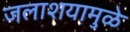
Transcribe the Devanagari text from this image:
जलाशयामुळे